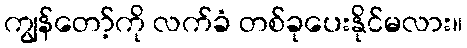
ကျွန်တော့်ကို လက်ခံ တစ်ခုပေးနိုင်မလား။